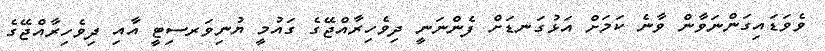
ވެވަޑައިގަންނަވާން ވާނެ ކަމަށް އަޅުގަނޑަށް ފެންނަނީ ދިވެހިރާއްޖޭގެ ގައުމީ ޔުނިވަރސިޓީ އާއި ދިވެހިރާއްޖޭގެ